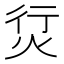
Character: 𰞘